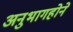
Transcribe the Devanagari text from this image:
अनुभागहोने